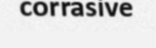
corrasive